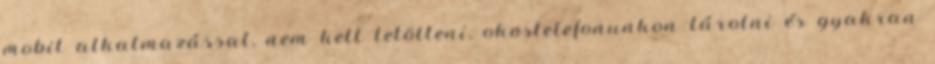
mobil alkalmazással, nem kell letölteni, okostelefonunkon tárolni és gyakran